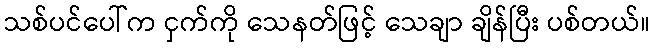
သစ်ပင်ပေါ်က ငှက်ကို သေနတ်ဖြင့် သေချာ ချိန်ပြီး ပစ်တယ်။